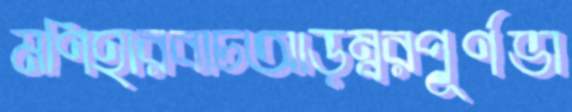
মণিহারবাচআড়ম্বরপূর্ণভা